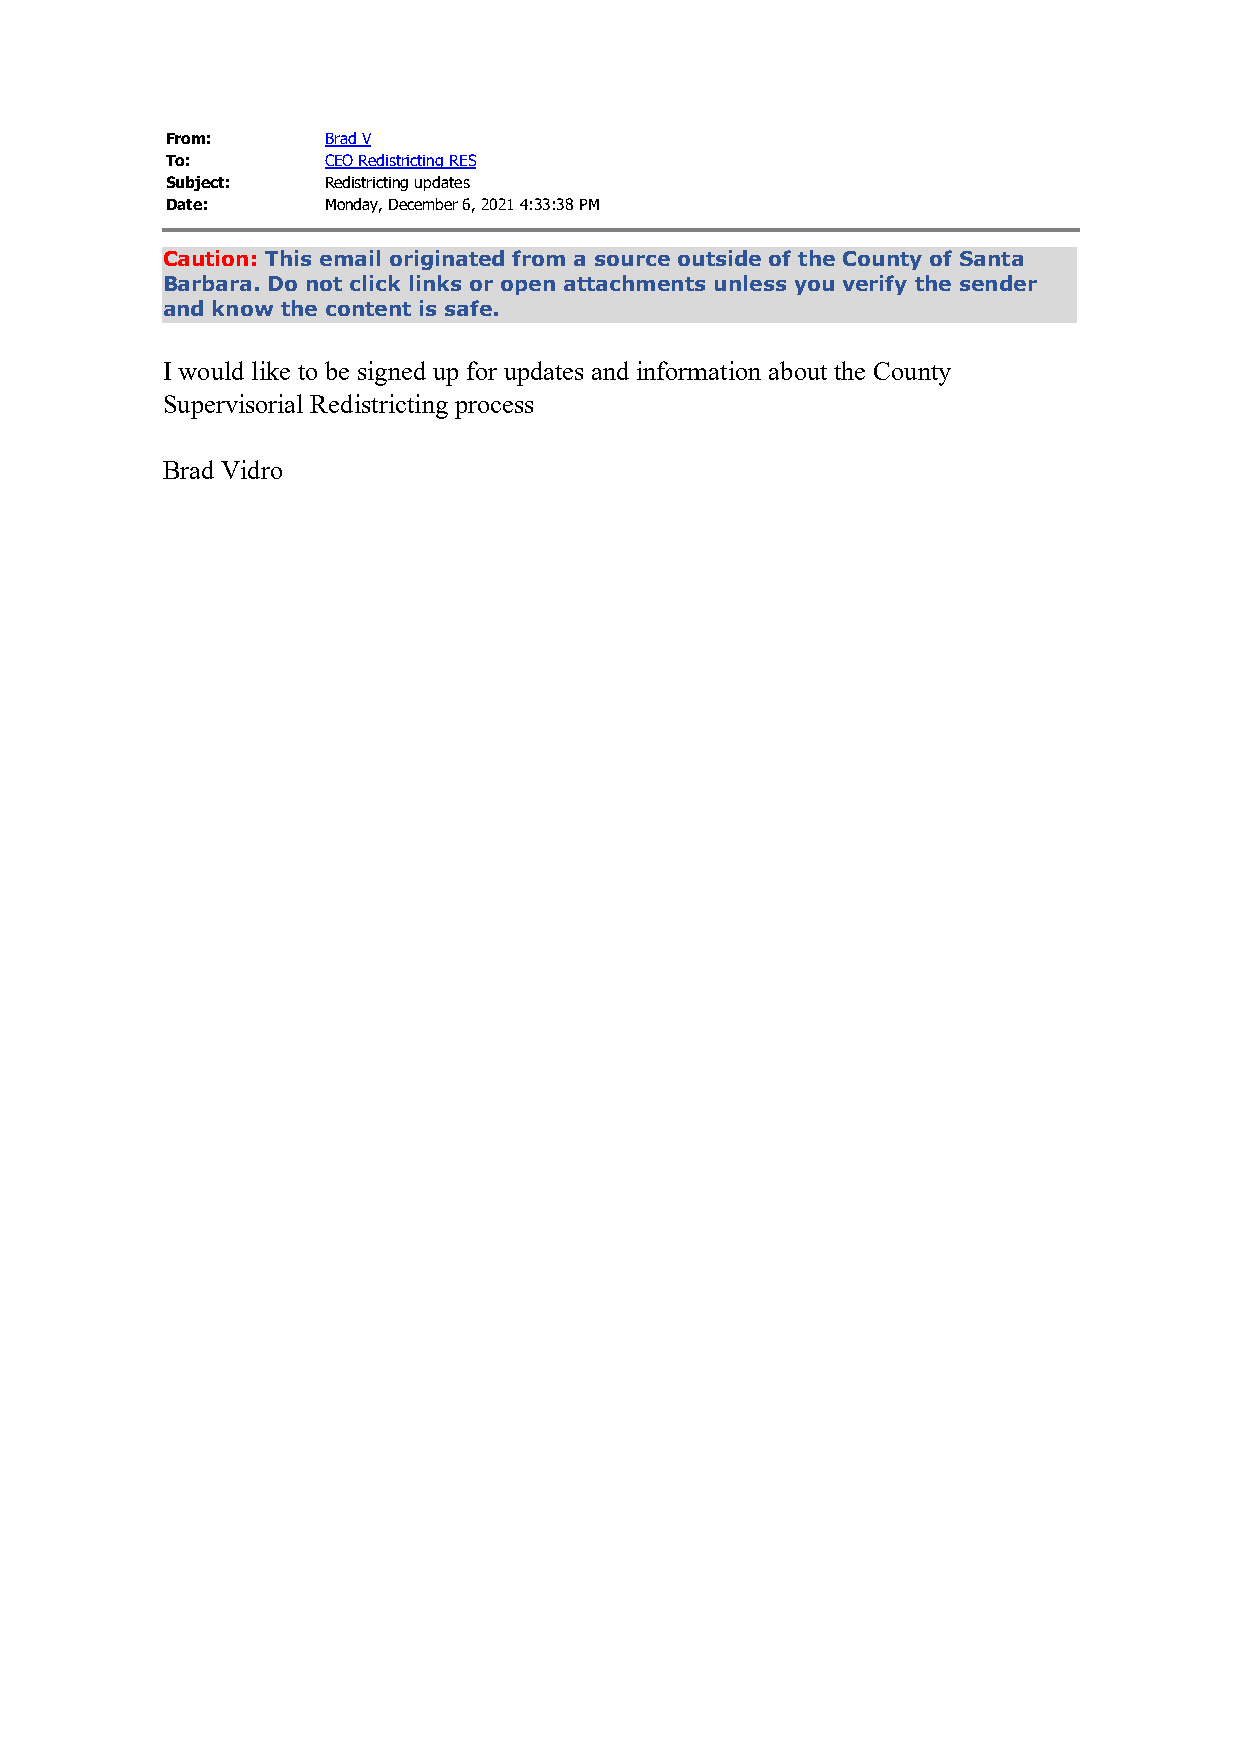
From:      Brad V
 To:        CEO Redistricting RES
 Subject:   Redistricting updates
 Date:      Monday, December 6, 2021 4:33:38 PM
 Caution: This email originated from a source outside of the County of Santa
 Barbara. Do not click links or open attachments unless you verify the sender
 and know the content is safe.
 I would like to be signed up for updates and information about the County
 Supervisorial Redistricting process
 Brad Vidro